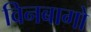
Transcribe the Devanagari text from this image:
विनबागो